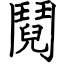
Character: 鬩